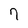
Character: 7